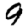
Digit: 9